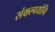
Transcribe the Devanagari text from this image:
संकल्पयोनि